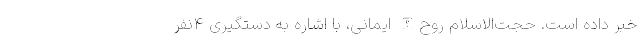
خبر داده است. حجت‌الاسلام روح‌الله ایمانی، با اشاره به دستگیری ۴نفر